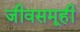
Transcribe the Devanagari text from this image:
जीवसमूही